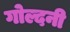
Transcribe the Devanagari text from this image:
गोल्दनी